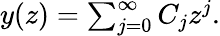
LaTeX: \begin{array}{r}{y(z)=\sum_{j=0}^{\infty}C_{j}z^{j}.}\end{array}